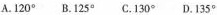
A.120°B.125°C.130°D.135°